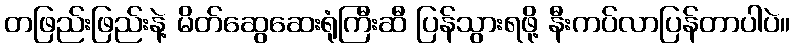
တဖြည်းဖြည်းနဲ့ မိတ်ဆွေဆေးရုံကြီးဆီ ပြန်သွားရဖို့ နီးကပ်လာပြန်တာပါပဲ။